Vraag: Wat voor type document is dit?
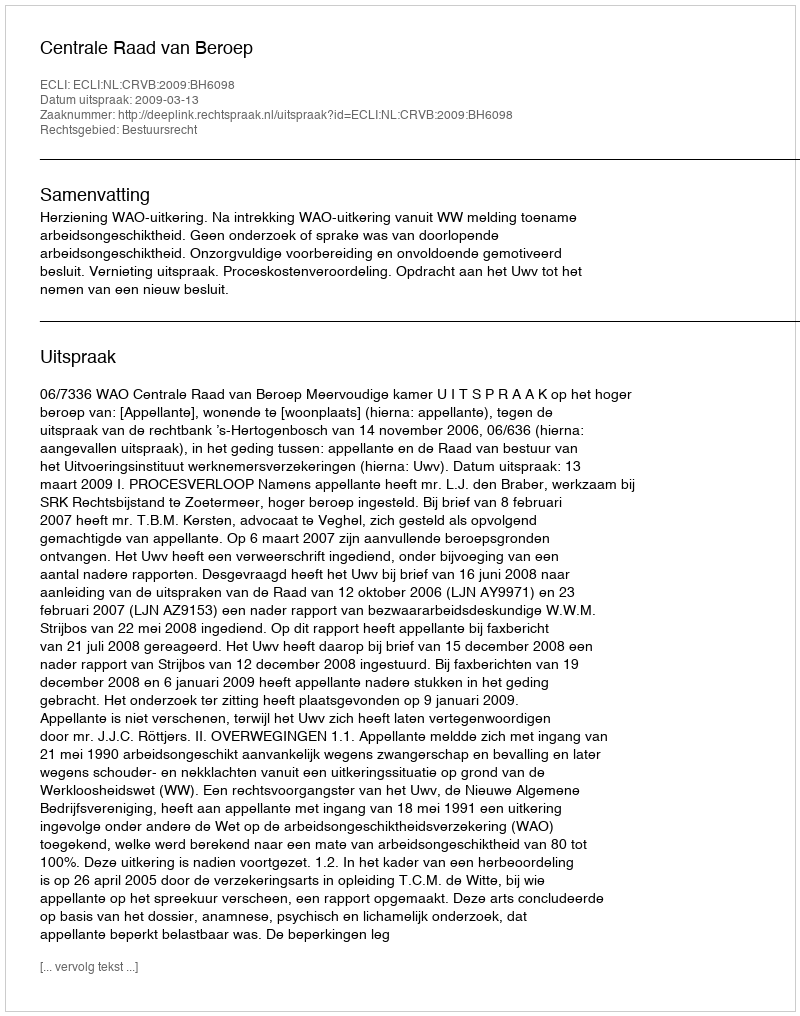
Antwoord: Uitspraak